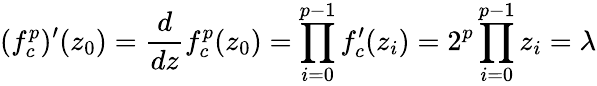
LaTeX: (f_{c}^{p})^{\prime}(z_{0})={\frac{d}{dz}}f_{c}^{p}(z_{0})=\prod_{i=0}^{p-1}f_{c}^{\prime}(z_{i})=2^{p}\prod_{i=0}^{p-1}z_{i}=\lambda